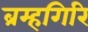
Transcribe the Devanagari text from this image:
ब्रम्हगिरि